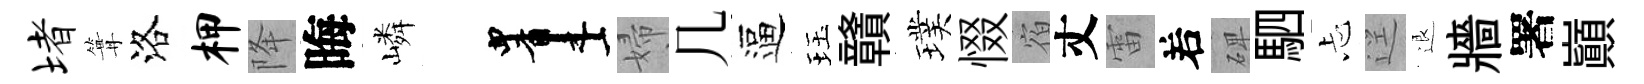
堵篝洛柙降晦嶙画婦几逼珏贛璞惙宿丈雷𠰥𥓓駟忐逕退牆署巔